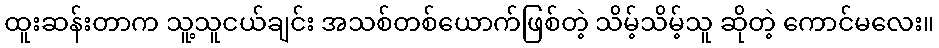
ထူးဆန်းတာက သူ့သူငယ်ချင်း အသစ်တစ်ယောက်ဖြစ်တဲ့ သိမ့်သိမ့်သူ ဆိုတဲ့ ကောင်မလေး။